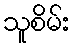
သူစိမ်း